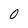
Character: O